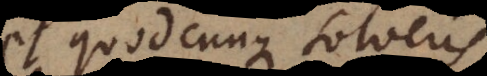
et quodcunque solveris